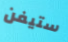
ستيفن